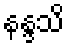
နန္ဒသိ